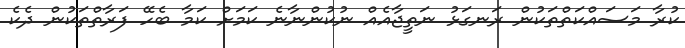
ކުރާ މަސައްކަތްތަކުން ރަނގަޅު ނަތީޖާއެއް ނުކުންނާނެ ކަމަށް ކަމާ ބެހޭ ފަރާތްތަކުން ދެކެ